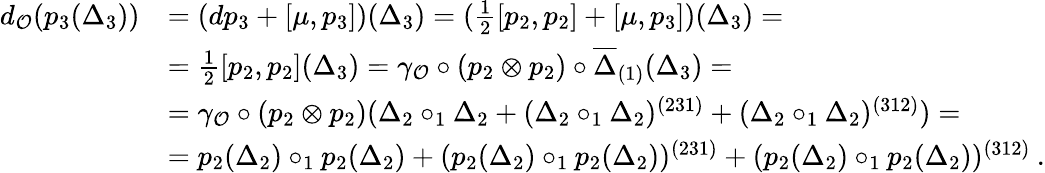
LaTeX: \begin{array}{rl}{d_{\mathcal{O}}(p_{3}(\Delta_{3}))}&{=(dp_{3}+[\mu,p_{3}])(\Delta_{3})=(\frac{1}{2}[p_{2},p_{2}]+[\mu,p_{3}])(\Delta_{3})=}\\ &{=\frac{1}{2}[p_{2},p_{2}](\Delta_{3})=\gamma_{\mathcal{O}}\circ(p_{2}\otimes p_{2})\circ\overline{{\Delta}}_{(1)}(\Delta_{3})=}\\ &{=\gamma_{\mathcal{O}}\circ(p_{2}\otimes p_{2})(\Delta_{2}\circ_{1}\Delta_{2}+(\Delta_{2}\circ_{1}\Delta_{2})^{(231)}+(\Delta_{2}\circ_{1}\Delta_{2})^{(312)})=}\\ &{=p_{2}(\Delta_{2})\circ_{1}p_{2}(\Delta_{2})+(p_{2}(\Delta_{2})\circ_{1}p_{2}(\Delta_{2}))^{(231)}+(p_{2}(\Delta_{2})\circ_{1}p_{2}(\Delta_{2}))^{(312)}\: .}\end{array}